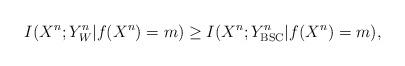
LaTeX: \begin{align*}I(X^n;Y_W^n|f(X^n)=m)\geq I(X^n;Y_{\mathrm{BSC}}^n|f(X^n)=m),\end{align*}